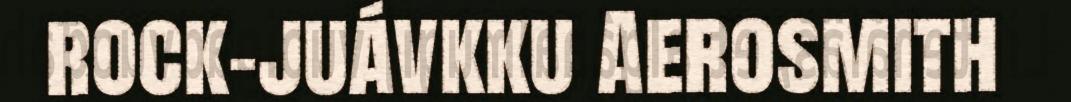
rock-juávkku Aerosmith